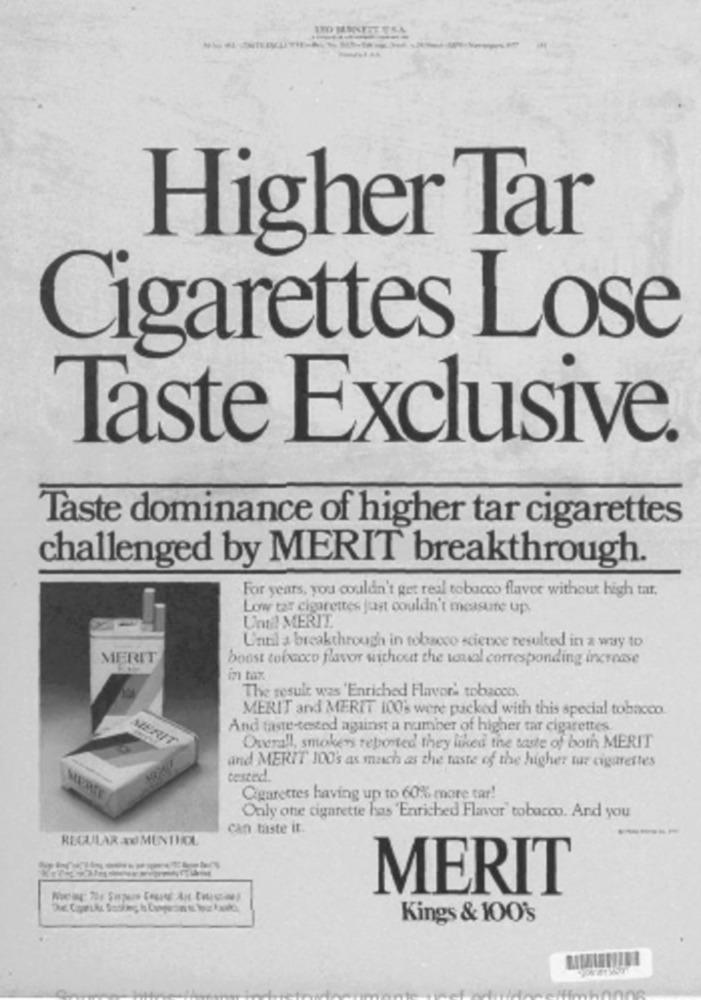
Higher Tar
Cigarettes Lose
Taste Exclusive
Taste dominance of higher tar cigarettes
challenged by MERIT breakthrough.
For years, you couldn't get real tobacco flavee without high tat.
Low tar cigarettes just couldn't measure up
Until MERIT.
Until a breakthrough in tobacco science resulted in a way to
MERIT
boost tobacco flavor without the usual corresponding increase
in tax
The result was 'Enriched Flavor' tobacco.
MERIT and MERIT 100% were packed with this special tobacco.
And taste-tested against a number of higher tar cigarettes
MERIT
Overall, smokers reported they liked the taste of both MERIT
and MERIT 100's as much as the taste of the higher tur cigarettes
tested.
Cigarettes having up to 60% more tar!
Only one cigarette has 'Enriched Flavor tobacco. And you
can taste it.
-----
REGULAR AU MUNTHOL
MERIT
Kings & 100's